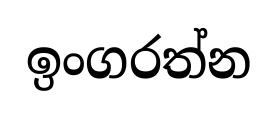
ඉංගරත්න